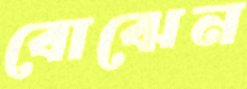
বোঝেন